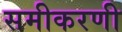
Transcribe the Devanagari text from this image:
समीकरणी